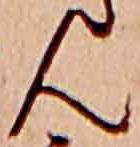
ん